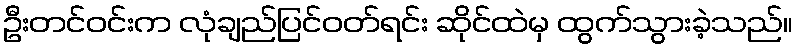
ဦးတင်ဝင်းက လုံချည်ပြင်ဝတ်ရင်း ဆိုင်ထဲမှ ထွက်သွားခဲ့သည်။